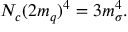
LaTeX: N _ { c } ( 2 m _ { q } ) ^ { 4 } = 3 m _ { \sigma } ^ { 4 } .